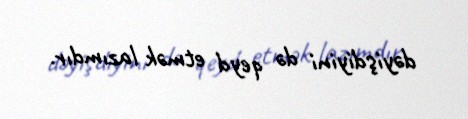
dəyişdiyini də qeyd etmək lazımdır.